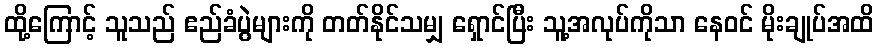
ထို့ကြောင့် သူသည် ဧည်ခံပွဲများကို တတ်နိုင်သမျှ ရှောင်ပြီး သူ့အလုပ်ကိုသာ နေဝင် မိုးချုပ်အထိ